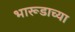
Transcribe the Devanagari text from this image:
भारूडाच्या